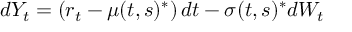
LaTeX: d Y _ { t } = \left( r _ { t } - \mu ( t , s ) ^ { * } \right) d t - { \boldsymbol { \sigma } } ( t , s ) ^ { * } d W _ { t }